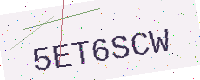
Text: 5ET6SCW